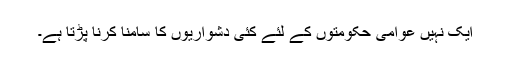
ایک نہیں عوامی حکومتوں کے لئے کئی دشواریوں کا سامنا کرنا پڑتا ہے۔